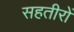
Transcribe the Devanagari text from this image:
सहतीरों